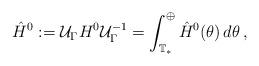
LaTeX: \begin{align*}\hat{H}^0:=\mathcal{U}_\Gamma H^0\mathcal{U}_\Gamma^{-1}=\int_{\mathbb{T}_*}^\oplus\hat{H}^0(\theta)\, d\theta\,,\end{align*}